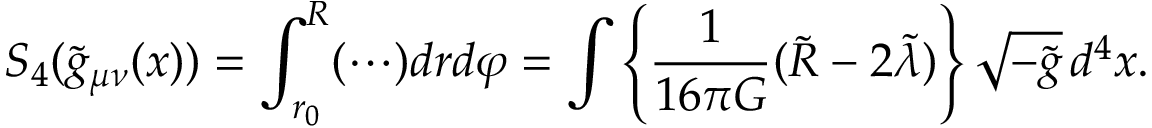
S _ { 4 } ( \tilde { g } _ { \mu \nu } ( x ) ) = \int _ { r _ { 0 } } ^ { R } ( \cdots ) d r d \varphi = \int \left\{ \frac { 1 } { 1 6 \pi G } ( \tilde { R } - 2 \tilde { \lambda } ) \right\} \sqrt { - \tilde { g } } \, d ^ { 4 } x .